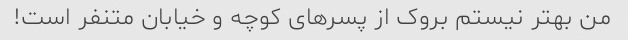
من بهتر نیستم بروک از پسرهای کوچه و خیابان متنفر است!